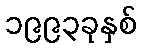
၁၉၉၃ခုနှစ်